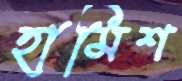
হামিশ